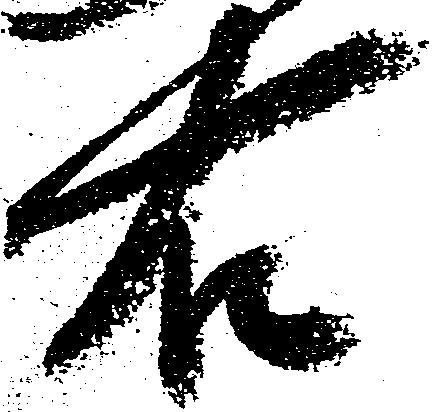
右